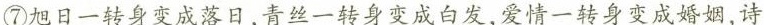
⑦旭日一转身变成落日，青丝一转身变成白发，爱情一转身变成婚姻，诗